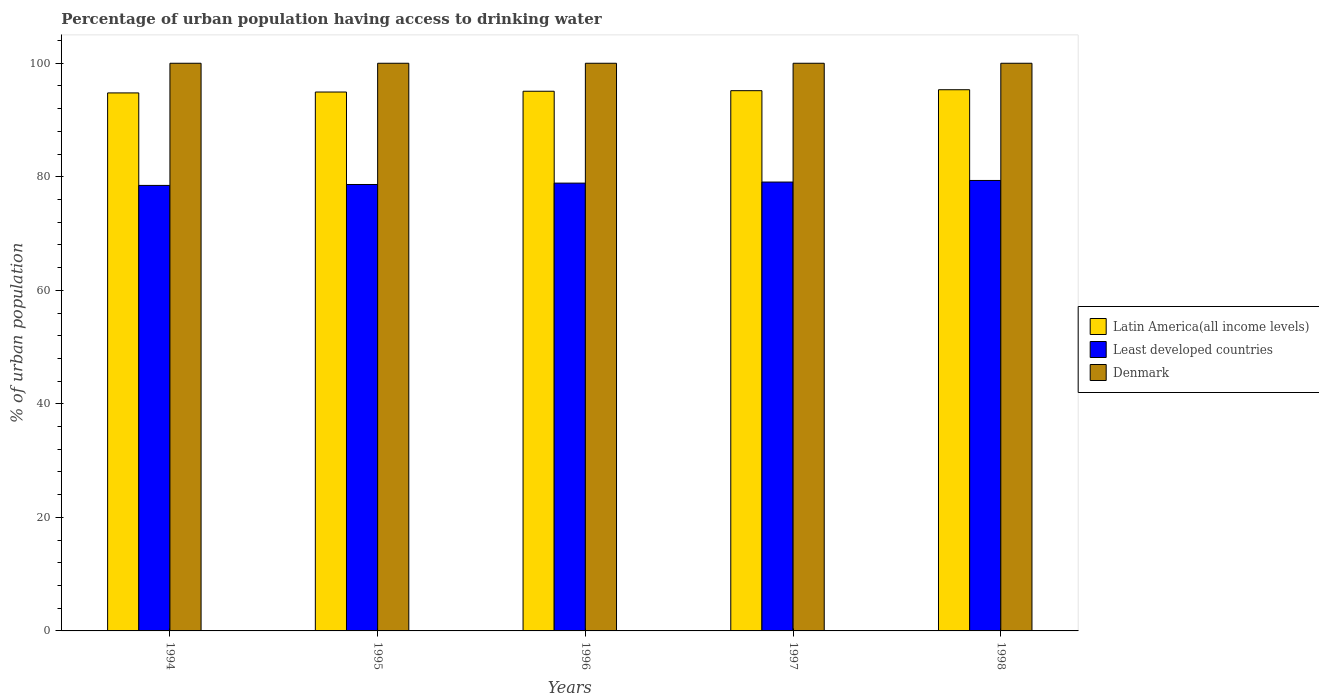
| Years | Latin America(all income levels) | Least developed countries | Denmark |
 | --- | --- | --- | --- |
 | 1994 | 94.8 | 78.5 | 100 |
 | 1995 | 94.9 | 78.6 | 100 |
 | 1996 | 95.1 | 78.9 | 100 |
 | 1997 | 95.2 | 79.1 | 100 |
 | 1998 | 95.3 | 79.4 | 100 |